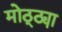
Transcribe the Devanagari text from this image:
मोठ्ठ्या